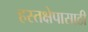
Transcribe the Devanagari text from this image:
हस्तक्षेपासाठी